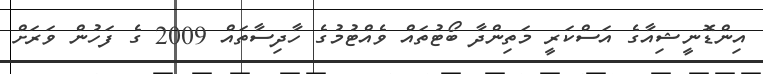
އިންޑޮނީޝިއާގެ އަސްކަރީ މަތިންދާ ބޯޓުތައް ވެއްޓުމުގެ ހާދިސާތައް 2009 ގެ ފަހުން ވަރަށް